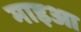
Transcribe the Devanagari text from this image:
माइआ